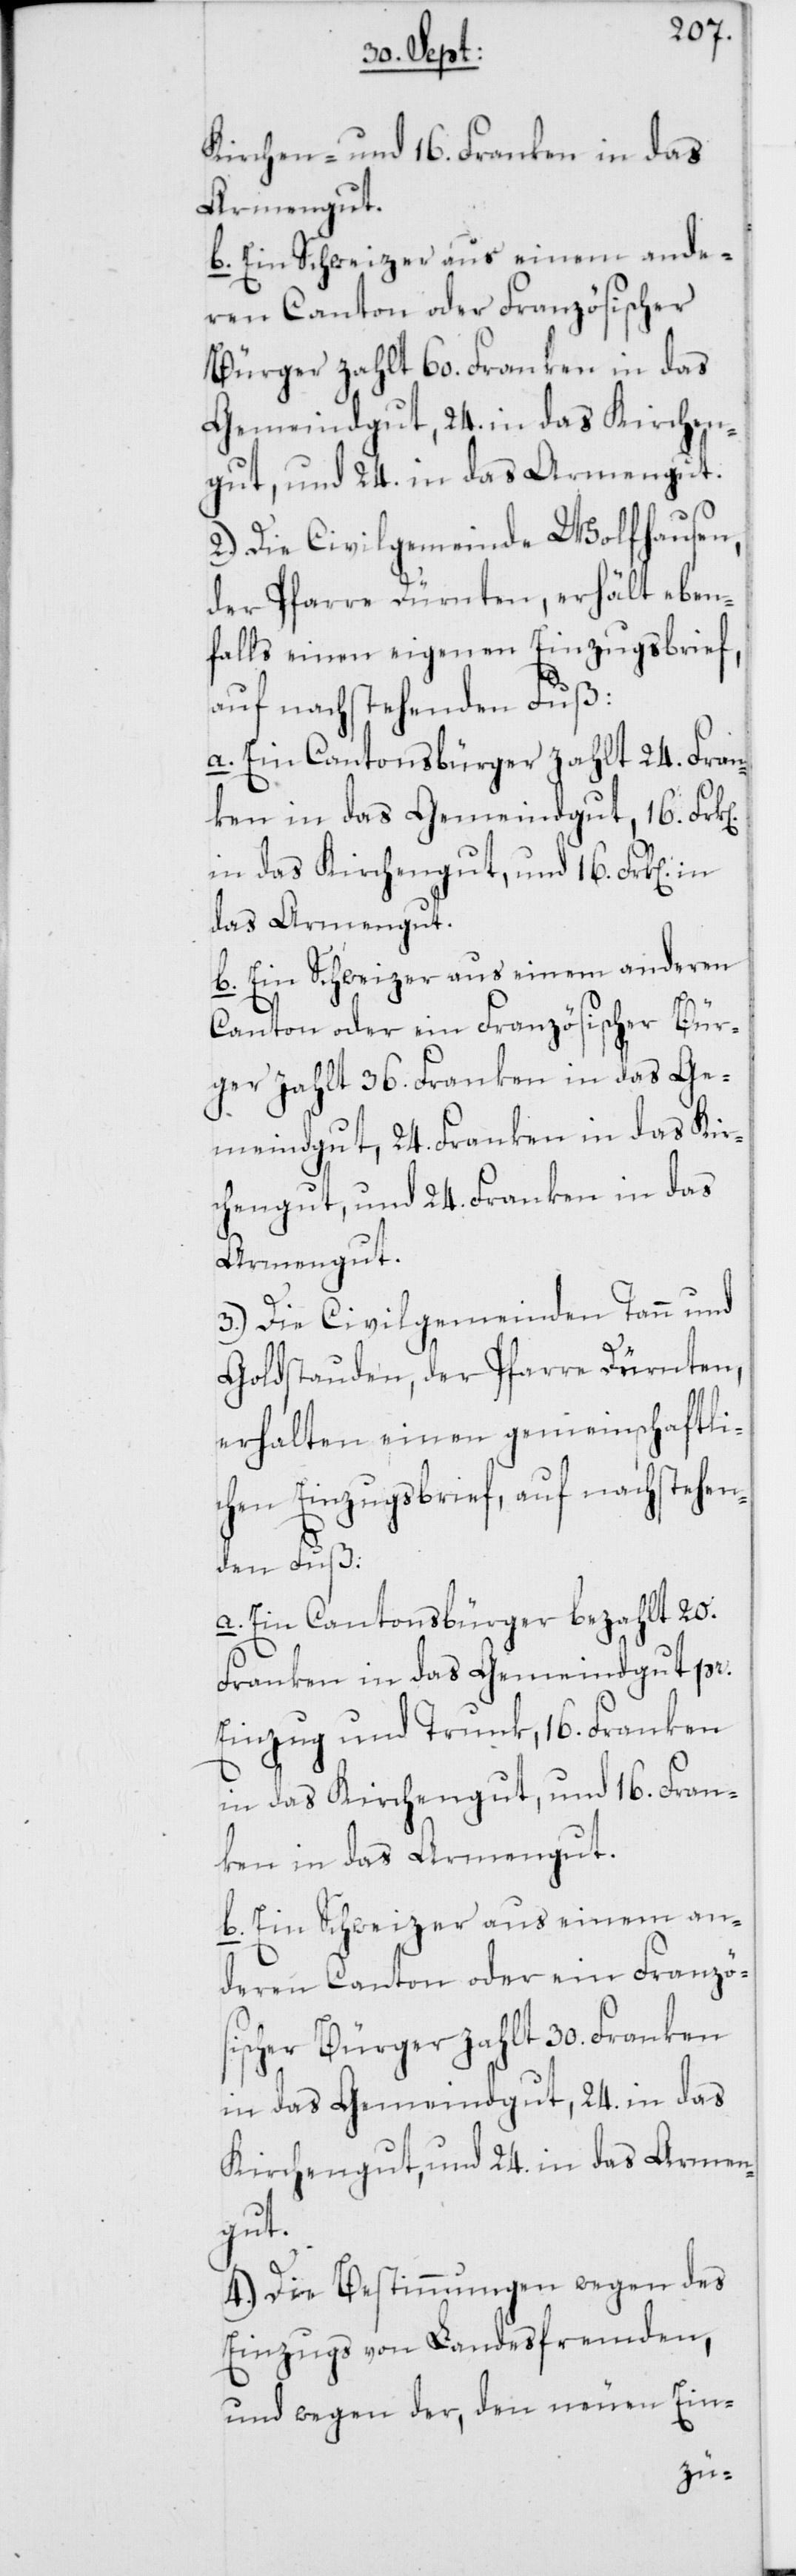
Kirchen- und 16. Franken in das
Armengut.
b. Ein Schweizer aus einem ande¬
ren Canton oder Französischer
Bürger zahlt 60. Franken in das
Gemeindgut, 24. in das Kirchen¬
gut, und 24. in das Armengut.
2.) Die Civilgemeinde Wolfhausen,
der Pfarre Dürnten, erhält eben¬
falls einen eigenen Einzugsbrief,
auf nachstehenden Fuß:
a. Ein Cantonsbürger zahlt 24. Fran¬
ken in das Gemeindgut, 16. Frk[e¬
in das Kirchengut, und 16. Frk[en].
das Armengut.
b. Ein Schweizer aus einem anderen
Canton oder ein Französischer Bür¬
ger zahlt 36. Franken in das Ge¬
meindgut, 24. Franken in das Kir¬
chengut, und 24. Franken in das
Armengut.
3.) Die Civilgemeinden Tann und
Goldstauden, der Pfarre Dürnten,
erhalten einen gemeinschaftli¬
chen Einzugsbrief, auf nachstehen¬
den Fuß:
a. Ein Cantonsbürger bezahlt 20.
n].
Franken in das Gemeindgut pr.
Einzug und Trunk, 16. Franken
in das Kirchengut, und 16. Fran¬
ken in das Armengut.
b. Ein Schweizer aus einem an¬
deren Canton oder ein Französ¬
ischer Bürger zahlt 30. Franken
in das Gemeindgut, 24. in das
Kirchengut, und 24. in das Armen¬
gut.
4.) Die Bestimmungen wegen des
Einzugs von Landesfremden,
und wegen der, den neuen Ein-